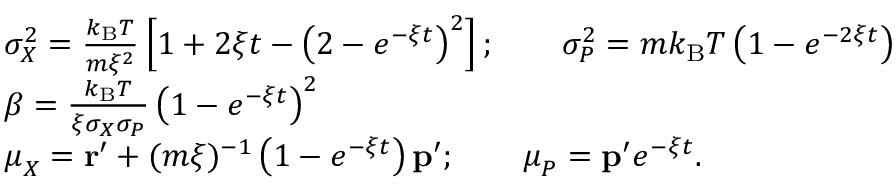
{ \begin{array} { r l } & { \sigma _ { X } ^ { 2 } = { \frac { k _ { \mathrm { B } } T } { m \xi ^ { 2 } } } \left[ 1 + 2 \xi t - \left( 2 - e ^ { - \xi t } \right) ^ { 2 } \right] ; \qquad \sigma _ { P } ^ { 2 } = m k _ { \mathrm { B } } T \left( 1 - e ^ { - 2 \xi t } \right) } \\ & { \beta = { \frac { k _ { \mathrm { B } } T } { \xi \sigma _ { X } \sigma _ { P } } } \left( 1 - e ^ { - \xi t } \right) ^ { 2 } } \\ & { { \boldsymbol { \mu } } _ { X } = \mathbf { r } ^ { \prime } + ( m \xi ) ^ { - 1 } \left( 1 - e ^ { - \xi t } \right) \mathbf { p } ^ { \prime } ; \qquad { \boldsymbol { \mu } } _ { P } = \mathbf { p } ^ { \prime } e ^ { - \xi t } . } \end{array} }